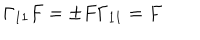
\Gamma _ { 1 1 } F = \pm F \Gamma _ { 1 1 } = F